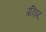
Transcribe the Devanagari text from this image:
प्रविष्‍ट